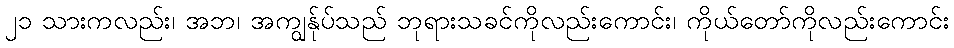
၂၁ သားကလည်း၊ အဘ၊ အကျွန်ုပ်သည် ဘုရားသခင်ကိုလည်းကောင်း၊ ကိုယ်တော်ကိုလည်းကောင်း